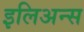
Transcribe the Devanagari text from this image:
इलिअन्स